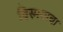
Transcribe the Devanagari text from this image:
विस्मयाचा